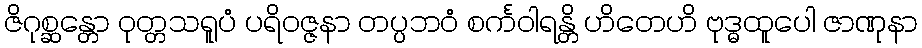
ဇိဂုစ္ဆန္တော ဝုတ္တသရူပံ ပရိဝဇ္ဇနာ တပ္ပဘဝံ စင်္ကဝါရန္တိ ဟိတေဟိ ဗုဒ္ဓထူပေါ ဇာဏုနာ